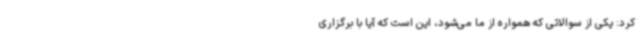
کرد: یکی از سوالاتی که همواره از ما می‌شود، این است که آیا با برگزاری